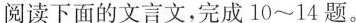
阅读下面的文言文，完成10~14题。